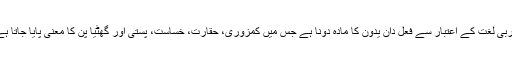
عربی لغت کے اعتبار سے فعل دَانَ يَدُوْنُ کا مادہ دُوْناً ہے جس میں کمزوری، حقارت، خساست، پستی اور گھٹیا پن کا معنی پایا جاتا ہے۔